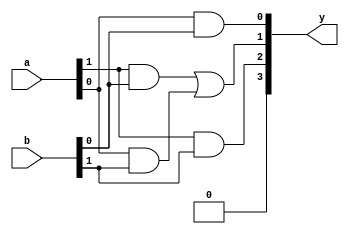
`timescale 1ns / 1ps
//////////////////////////////////////////////////////////////////////////////////
// Company: 
// Engineer: 
// 
// Design Name: 
// Module Name: vedic2x2
// Project Name: 
// Target Devices: 
// Tool Versions: 
// Description: 
// 
// Dependencies: 
// 
// Revision:
// Revision 0.01 - File Created
// Additional Comments:
// 
//////////////////////////////////////////////////////////////////////////////////


module vedic2x2(input [1:0] a,b,output  [3:0]y

    );
    
    wire [3:0] temp;
    assign temp[1:0]=(a[1]&b[0]) | (a[0]&b[1]);
   assign  y[0]=a[0]&b[0];
   assign y[1]=temp[0];
   assign temp[3:2]=(a[1]&b[1]) | temp[1];
   assign y[2]=temp[2];
   assign y[3]=temp[3];
   
   
    
    
   
endmodule